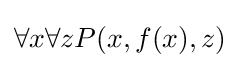
\forall x\forall zP(x,f(x),z)